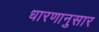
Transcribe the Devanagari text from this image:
धारणानुसार